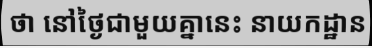
ថា នៅថ្ងៃជាមួយគ្នានេះ នាយកដ្ឋាន